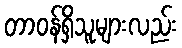
တာဝန်ရှိသူများလည်း